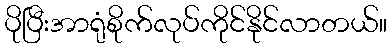
ပိုပြီးအာရုံစိုက်လုပ်ကိုင်နိုင်လာတယ်။